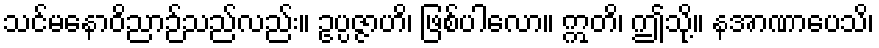
သင်မနောဝိညာဉ်သည်လည်း။ ဥပ္ပဇ္ဇာဟိ၊ ဖြစ်ပါလော။ ဣတိ၊ ဤသို့။ နအာဏာပေသိ၊